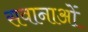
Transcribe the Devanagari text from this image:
सवानाओं